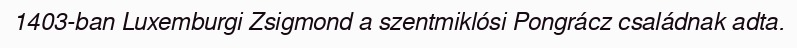
1403-ban Luxemburgi Zsigmond a szentmiklósi Pongrácz családnak adta.